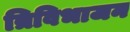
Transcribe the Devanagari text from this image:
त्रिविभाजन